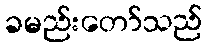
ခမည်းတော်သည်